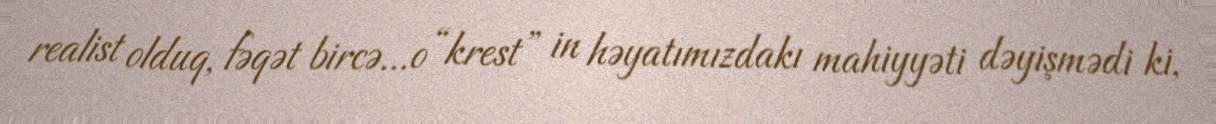
realist olduq, fəqət bircə...o “krest” in həyatımızdakı mahiyyəti dəyişmədi ki,